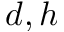
d , h